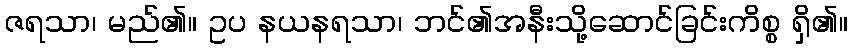
ဇရသာ၊ မည်၏။ ဥပ နယနရသာ၊ ဘင်၏အနီးသို့ဆောင်ခြင်းကိစ္စ ရှိ၏။